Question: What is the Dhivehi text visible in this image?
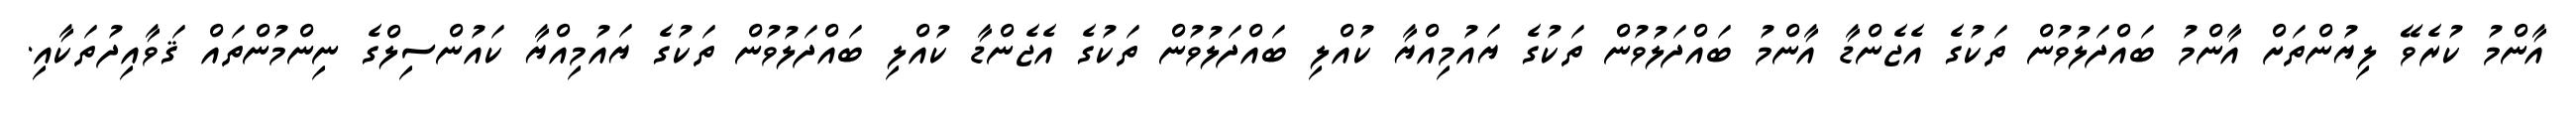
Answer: އާންމު ކުރެވޭ ލިޔުންތަށް އާންމު ބައްދަލުވުން ތަކުގެ އެޖެންޑާ އާންމު ބައްދަލުވުން ތަކުގެ ޔައުމިއްޔާ ކުއްލި ބައްދަލުވުން ތަކުގެ އެޖެންޑާ ކުއްލި ބައްދަލުވުން ތަކުގެ ޔައުމިއްޔާ ކައުންސިލްގެ ނިންމުންތައް ޤަވާއިދުތަކާއި.